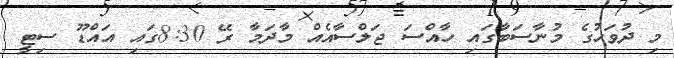
މި ދުވަހުގެ މުނާސަބާގައި ހާއްސަ ޖަލްސާއެއް މާދަމާ ރޭ 8:30ގައި އައްޑޫ ސިޓީ